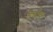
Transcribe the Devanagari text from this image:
बुर्डाक